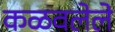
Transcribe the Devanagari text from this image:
कळवलेले